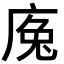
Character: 𢉕